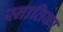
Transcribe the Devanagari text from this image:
स्नातिका